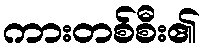
ကားတစ်စီး၏